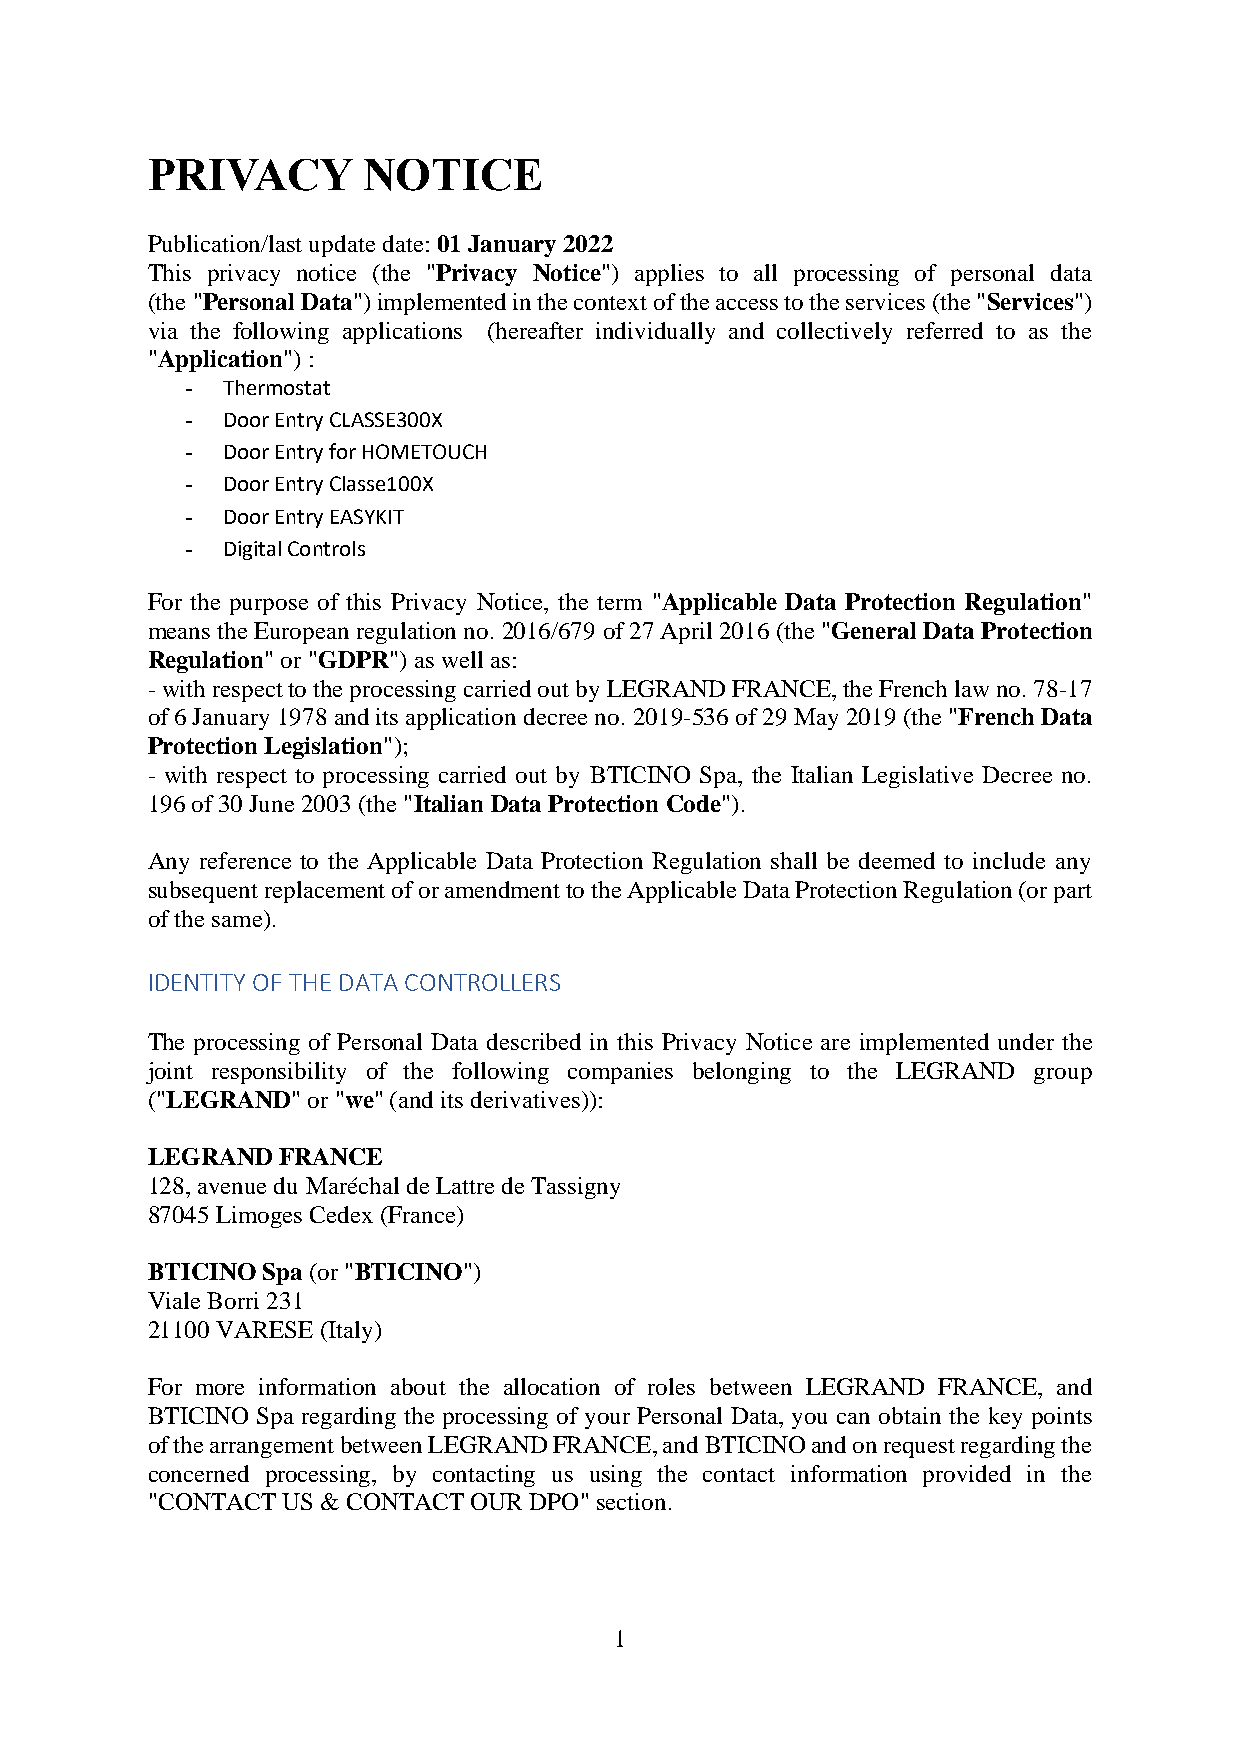
PRIVACY       NOTICE
 Publication/last update date: 01 January 2022
 This privacy notice (the "Privacy Notice") applies to all processing of personal data
 (the "Personal Data") implemented in the context of the access to the services (the "Services")
 via the following applications (hereafter individually and collectively referred to as the
 "Application") :
 -  Thermostat
 -  Door Entry CLASSE300X
 -  Door Entry for HOMETOUCH
 -  Door Entry Classe100X
 -  Door Entry EASYKIT
 -  Digital Controls
 For the purpose of this Privacy Notice, the term "Applicable Data Protection Regulation"
 means the European regulation no. 2016/679 of 27 April 2016 (the "General Data Protection
 Regulation" or "GDPR") as well as:
 - with respect to the processing carried out by LEGRAND FRANCE, the French law no. 78-17
 of 6 January 1978 and its application decree no. 2019-536 of 29 May 2019 (the "French Data
 Protection Legislation");
 - with respect to processing carried out by BTICINO Spa, the Italian Legislative Decree no.
 196 of 30 June 2003 (the "Italian Data Protection Code").
 Any reference to the Applicable Data Protection Regulation shall be deemed to include any
 subsequent replacement of or amendment to the Applicable Data Protection Regulation (or part
 of the same).
 IDENTITY OF THE DATA CONTROLLERS
 The processing of Personal Data described in this Privacy Notice are implemented under the
 joint responsibility of the following companies belonging to the LEGRAND group
 ("LEGRAND" or "we" (and its derivatives)):
 LEGRAND FRANCE
 128, avenue du Maréchal de Lattre de Tassigny
 87045 Limoges Cedex (France)
 BTICINO Spa (or "BTICINO")
 Viale Borri 231
 21100 VARESE (Italy)
 For more information about the allocation of roles between LEGRAND FRANCE, and
 BTICINO Spa regarding the processing of your Personal Data, you can obtain the key points
 of the arrangement between LEGRAND FRANCE, and BTICINO and on request regarding the
 concerned processing, by contacting us using the contact information provided in the
 "CONTACT US & CONTACT OUR DPO" section.
 1